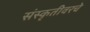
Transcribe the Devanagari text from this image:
संस्कृतीवरचे